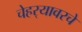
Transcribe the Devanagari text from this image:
चेहर्‍यावरचे